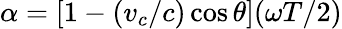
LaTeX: \alpha=[1-(v_{c}/c)\cos\theta](\omega T/2)